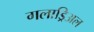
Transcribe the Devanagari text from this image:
गलाड्रिअल